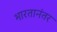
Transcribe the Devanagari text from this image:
भारतानंतर